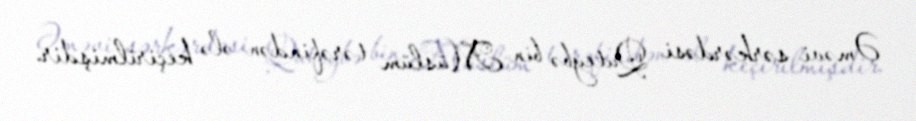
Əməvi sərkərdəsi Quteybə bin Müslüm tərəfindən ələ keçirilmişdir.